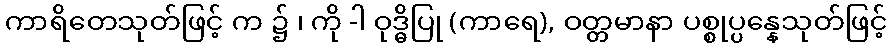
ကာရိတေသုတ်ဖြင့် က ၌ ၊ ကို -ါ ဝုဒ္ဓိပြု (ကာရေ), ဝတ္တမာနာ ပစ္စုပ္ပန္နေသုတ်ဖြင့်